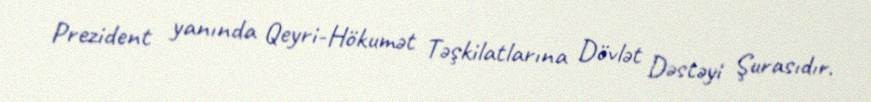
Prezident yanında Qeyri-Hökumət Təşkilatlarına Dövlət Dəstəyi Şurasıdır.